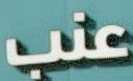
عنب